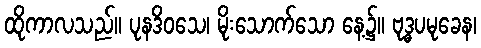
ထိုကာလသည်။ ပုနဒိဝသေ၊ မိုးသောက်သော နေ့၌။ ဗုဒ္ဓပမုခေန၊